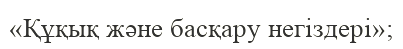
«Құқық және басқару негіздері»;